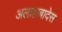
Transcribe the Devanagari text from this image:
अलाहाबादेस